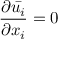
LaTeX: { \frac { \partial { \bar { u _ { i } } } } { \partial x _ { i } } } = 0